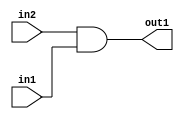
`timescale 1ps / 1ps
/*****************************************************************************
    Verilog RTL Description
    
    
    Created by: Stratus DpOpt 2019.1.01 
*******************************************************************************/

module st_weight_addr_gen_And_1Ux1U_1U_4_8 (
	in2,
	in1,
	out1
	); /* architecture "behavioural" */ 
input  in2,
	in1;
output  out1;
wire  asc001;

assign asc001 = 
	(in2)
	&(in1);

assign out1 = asc001;
endmodule

/* CADENCE  urf5Qgs= : u9/ySgnWtBlWxVPRXgAZ4Og= ** DO NOT EDIT THIS LINE ******/